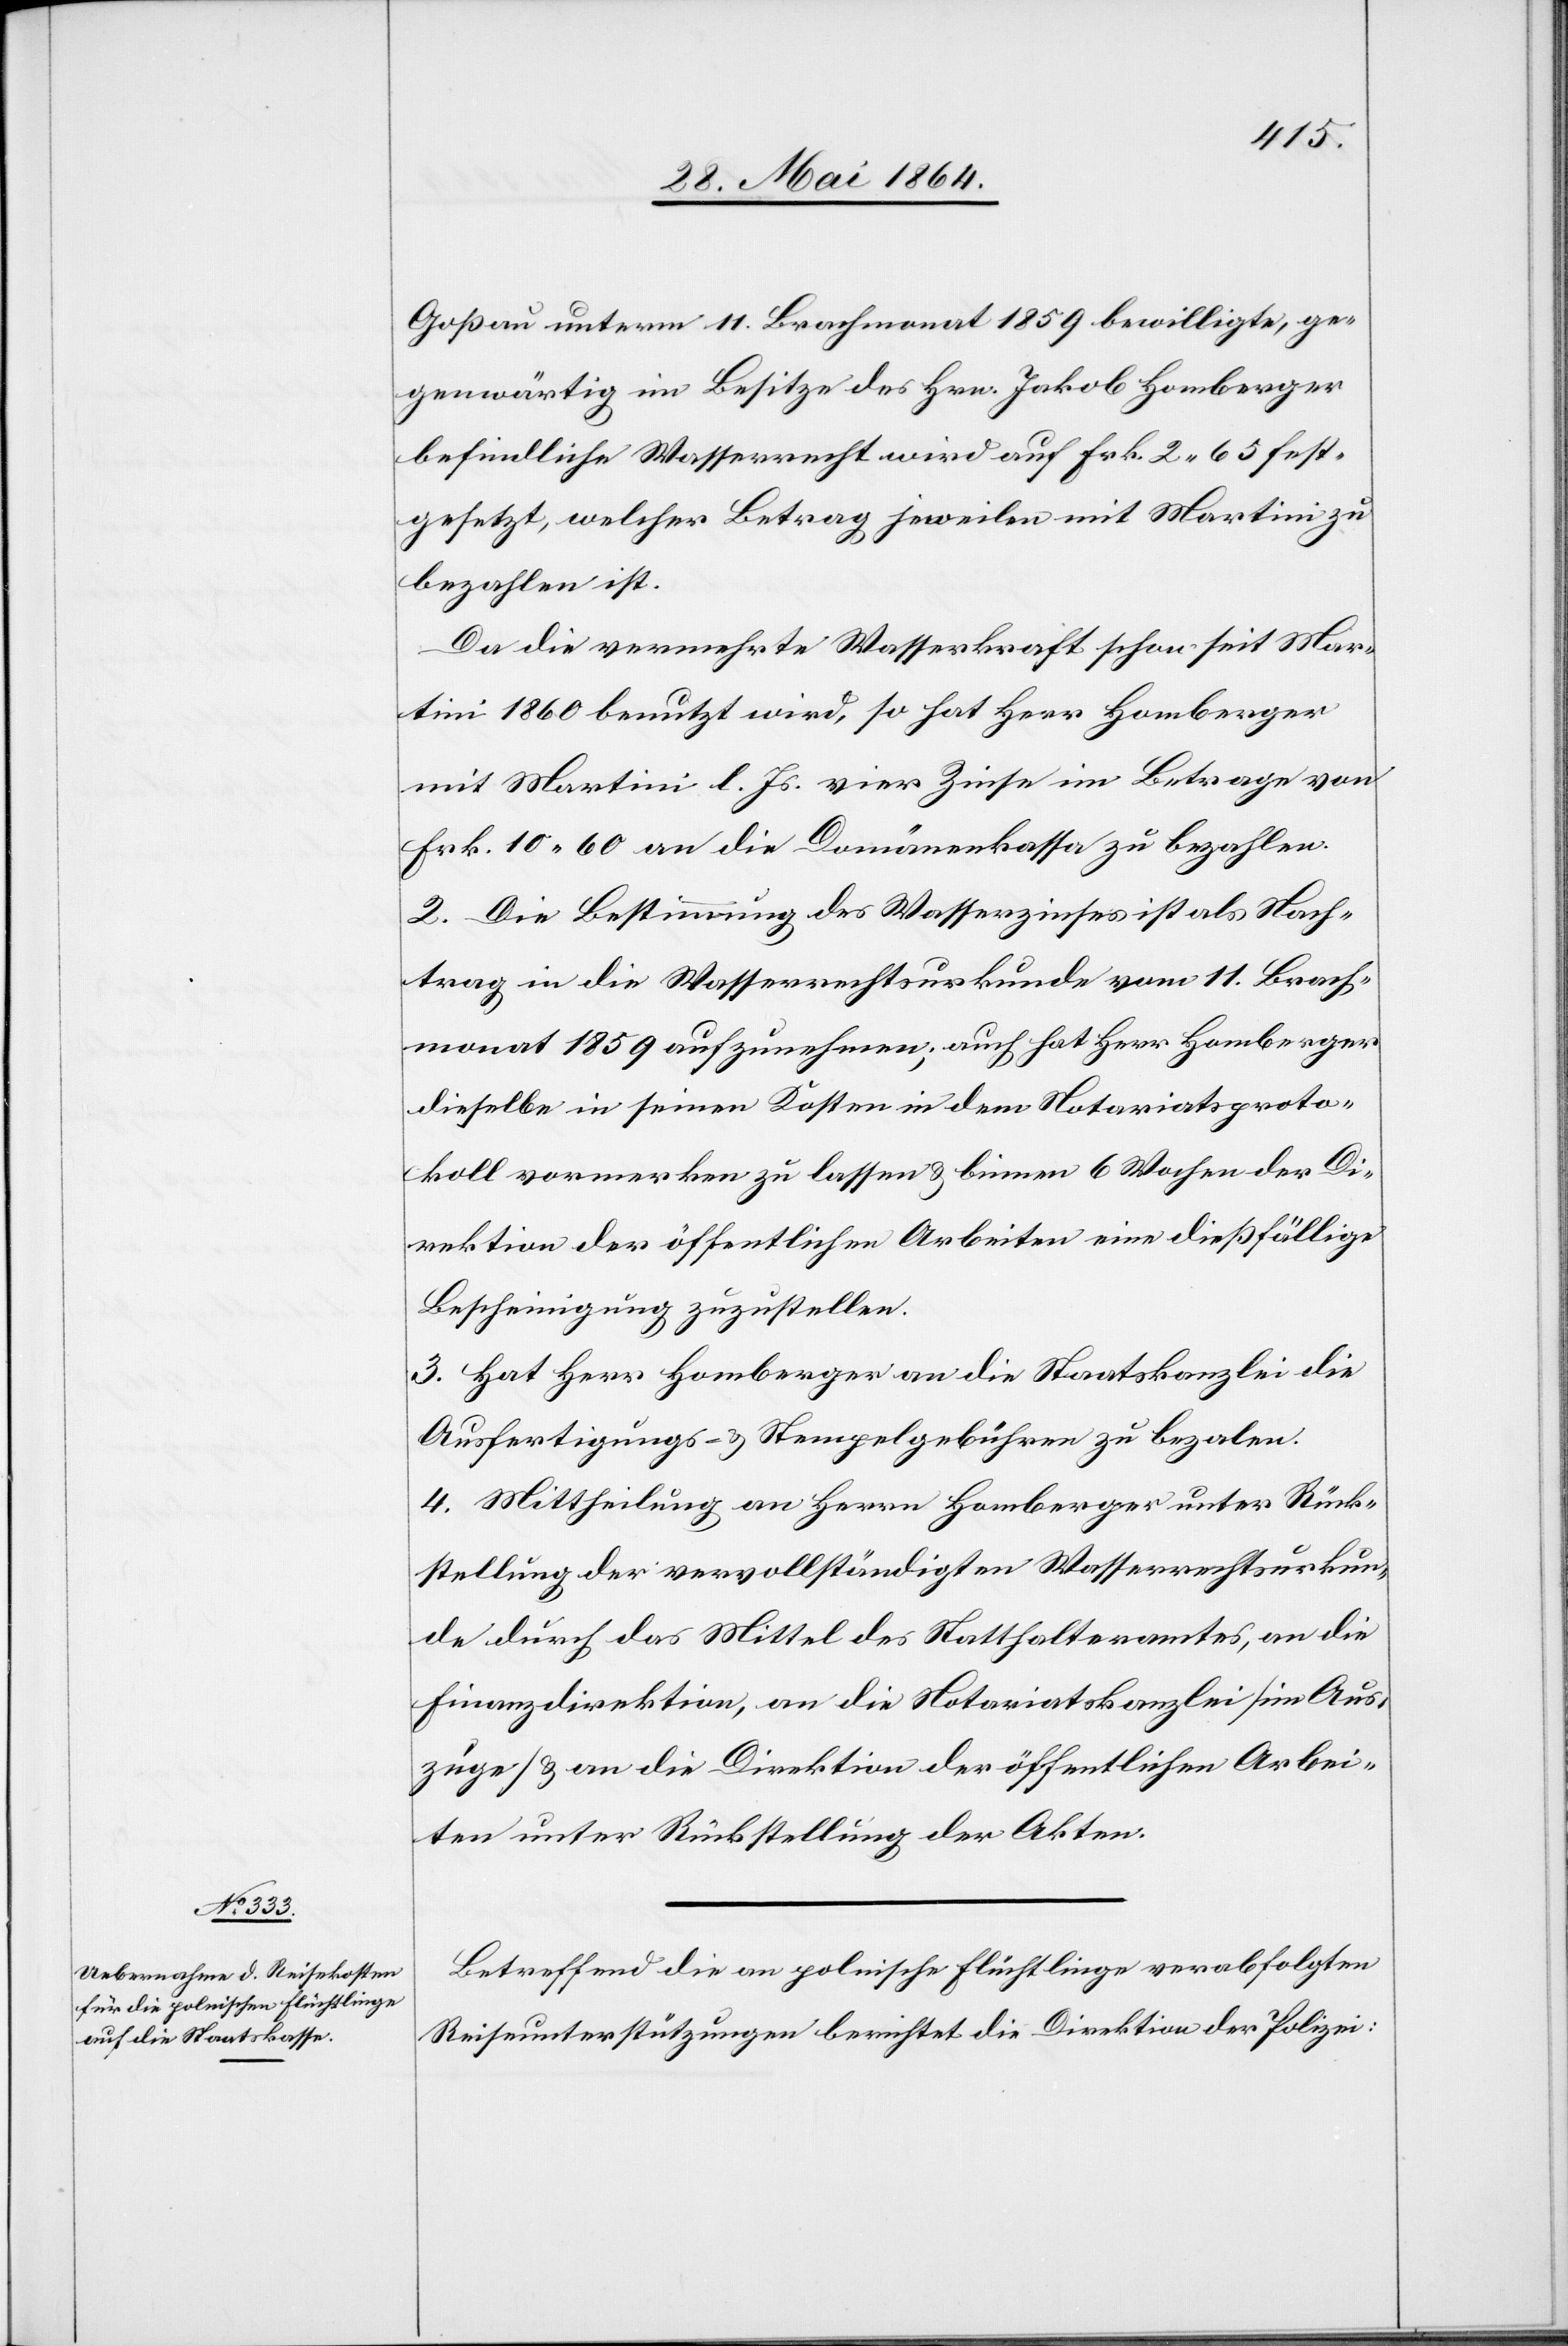
Goßau unterm 11. Brachmonat 1859 bewilligte, ge¬
genwärtig im Besitze des Hrn. Jakob Homberger
befindliche Wasserrecht wird auf Frk. 2 65 fest¬
gesetzt, welcher Betrag jeweilen mit Martini zu
bezahlen ist.
Da die vermehrte Wasserkraft schon seit Mar¬
tini 1860 benutzt wird, so hat Herr Homberger
mit Martini l. Js. vier Zinse im Betrage von
Frk. 10 60 an die Domänenkassa zu bezahlen.
2. Die Bestimmung des Wasserzinses ist als Nach¬
trag in die Wasserrechtsurkunde vom 11. Brach¬
monat 1859 aufzunehmen; auch hat Herr Homberger
dieselbe in seinen Kosten in dem Notariatsproto¬
koll vermerken zu lassen u. binnen 6 Wochen der Di¬
rektion der öffentlichen Arbeiten eine dießfällige
Bescheinigung zuzustellen.
3. Hat Herr Homberger an die Staatskanzlei die
Ausfertigungs- u. Stempelgebühren zu bezahlen.
4. Mittheilung an Herrn Homberger unter Rück¬
stellung der vervollständigten Wasserrechtsurkun¬
de durch das Mittel des Statthalteramtes, an die
Finanzdirektion, an die Notariatskanzlei (im Aus¬
zuge) u. an die Direktion der öffentlichen Arbei¬
ten unter Rückstellung der Akten.
Betreffend die an polnische Flüchtlinge verabfolgten
Reiseunterstützungen berichtet die Direktion der Polizei: